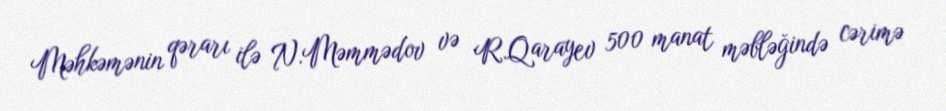
Məhkəmənin qərarı ilə N.Məmmədov və R.Qarayev 500 manat məbləğində cərimə